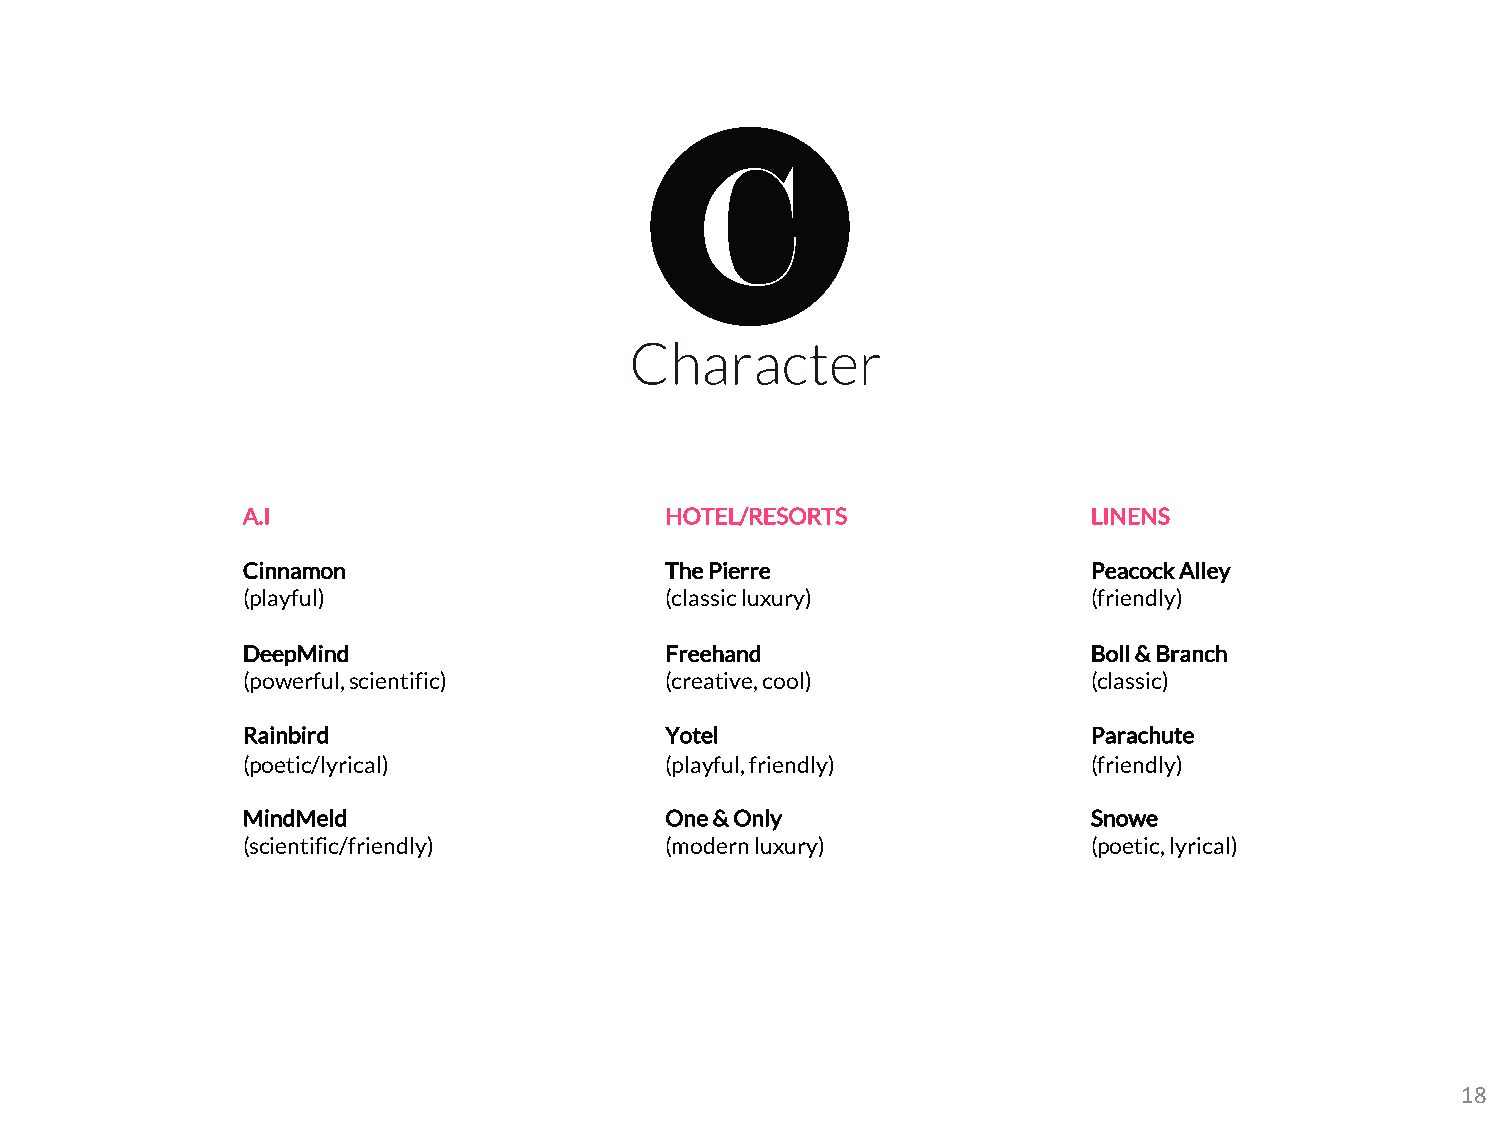
Character
 A.I                         HOTEL/RESORTS               LINENS
 Cinnamon                    The Pierre                  Peacock Alley
 (playful)                   (classic luxury)            (friendly)
 DeepMind                    Freehand                    Boll & Branch
 (powerful, scientific)      (creative, cool)            (classic)
 Rainbird                    Yotel                       Parachute
 (poetic/lyrical)            (playful, friendly)         (friendly)
 MindMeld                    One & Only                  Snowe
 (scientific/friendly)       (modern luxury)             (poetic, lyrical)
 18